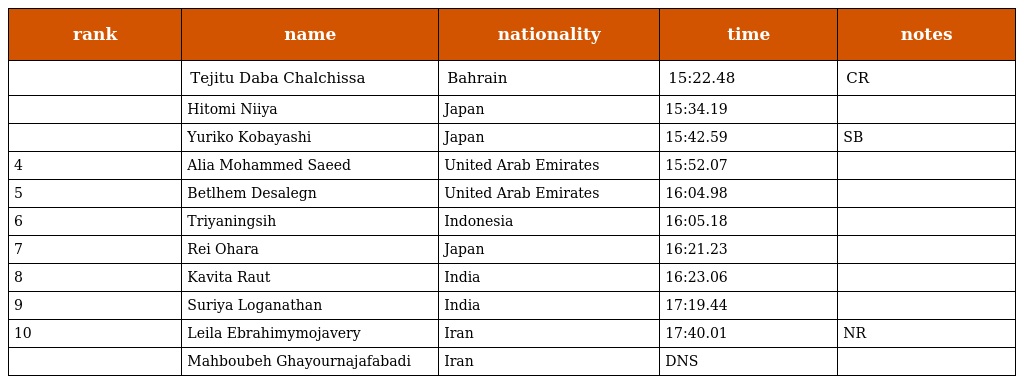
| rank | name | nationality | time | notes |
 | --- | --- | --- | --- | --- |
 |  | Tejitu Daba Chalchissa | Bahrain | 15:22.48 | CR |
 |  | Hitomi Niiya | Japan | 15:34.19 |  |
 |  | Yuriko Kobayashi | Japan | 15:42.59 | SB |
 | 4 | Alia Mohammed Saeed | United Arab Emirates | 15:52.07 |  |
 | 5 | Betlhem Desalegn | United Arab Emirates | 16:04.98 |  |
 | 6 | Triyaningsih | Indonesia | 16:05.18 |  |
 | 7 | Rei Ohara | Japan | 16:21.23 |  |
 | 8 | Kavita Raut | India | 16:23.06 |  |
 | 9 | Suriya Loganathan | India | 17:19.44 |  |
 | 10 | Leila Ebrahimymojavery | Iran | 17:40.01 | NR |
 |  | Mahboubeh Ghayournajafabadi | Iran | DNS |  |